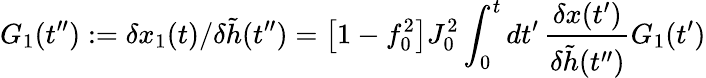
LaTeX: G_{1}(t^{\prime\prime}):=\delta x_{1}(t)/\delta\tilde{h}(t^{\prime\prime})=\big[1-f_{0}^{2}\big]J_{0}^{2}\int_{0}^{t}dt^{\prime}\, \frac{\delta x(t^{\prime})}{\delta\tilde{h}(t^{\prime\prime})}G_{1}(t^{\prime})